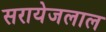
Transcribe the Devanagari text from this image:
सरायेजलाल